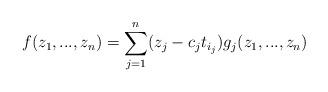
LaTeX: \begin{align*}f(z_1, ..., z_n) = \sum_{j=1}^n (z_j - c_j t_{i_j}) g_j(z_1, ..., z_n) \end{align*}